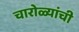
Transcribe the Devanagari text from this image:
चारोळ्यांची